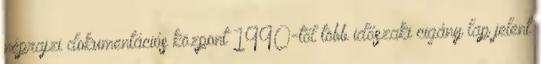
néprajzi dokumentációs központ 1990-től több időszaki cigány lap jelent